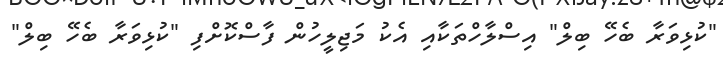
"ކުޅިވަރާ ބެހޭ ބިލް" އިސްލާހްތަކާއި އެކު މަޖިލީހުން ފާސްކޮށްފި "ކުޅިވަރާ ބެހޭ ބިލް"